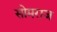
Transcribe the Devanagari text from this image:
सोमराज